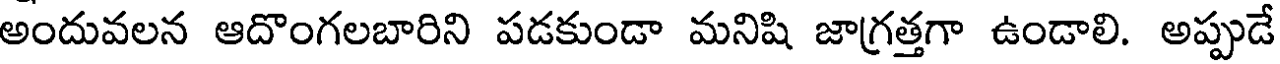
అందువలన ఆదొంగలబారిని పడకుండా మనిషి జాగ్రత్తగా ఉండాలి. అప్పుడే